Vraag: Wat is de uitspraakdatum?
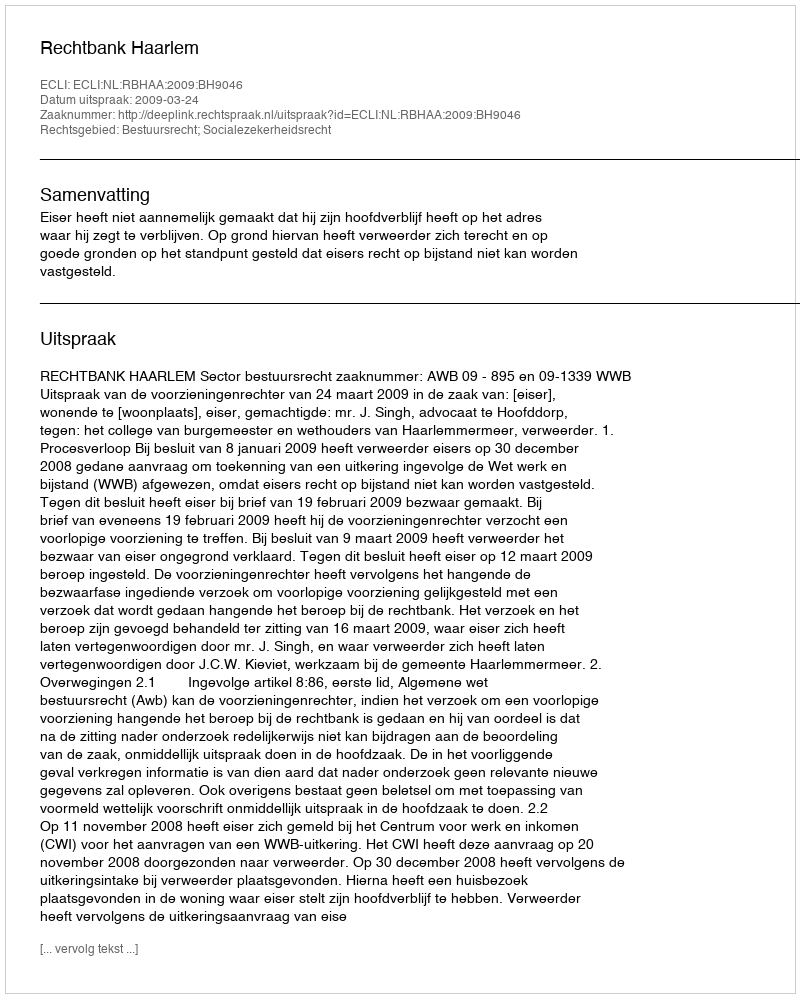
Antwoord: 2009-03-24